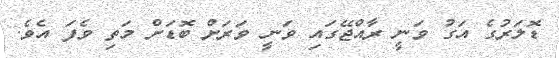
ޑޮލަރުގެ އަގު ވަނީ ރާއްޖޭގައި ވަނީ ވަރަށް ބޮޑަށް މަތި ވެފަ އެވެ.